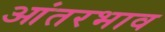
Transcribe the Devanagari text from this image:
आंतरभाव